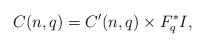
LaTeX: \begin{align*} C(n,q)=C'(n,q)\times F_q^* I,\end{align*}